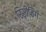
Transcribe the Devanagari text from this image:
रिसीविंग